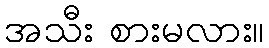
အသီး စားမလား။